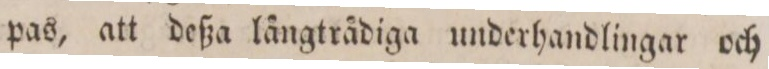
pas, att deßa långtrådiga underhandlingar och